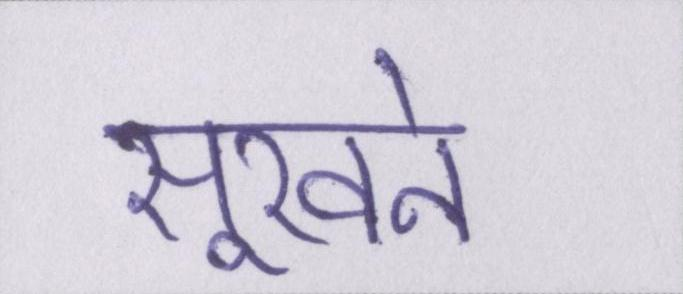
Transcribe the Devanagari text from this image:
सूखने